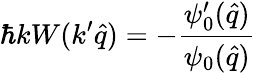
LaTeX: \hbar kW(k^{\prime}\hat{q})=-\frac{\psi_{0}^{\prime}(\hat{q})}{\psi_{0}(\hat{q})}